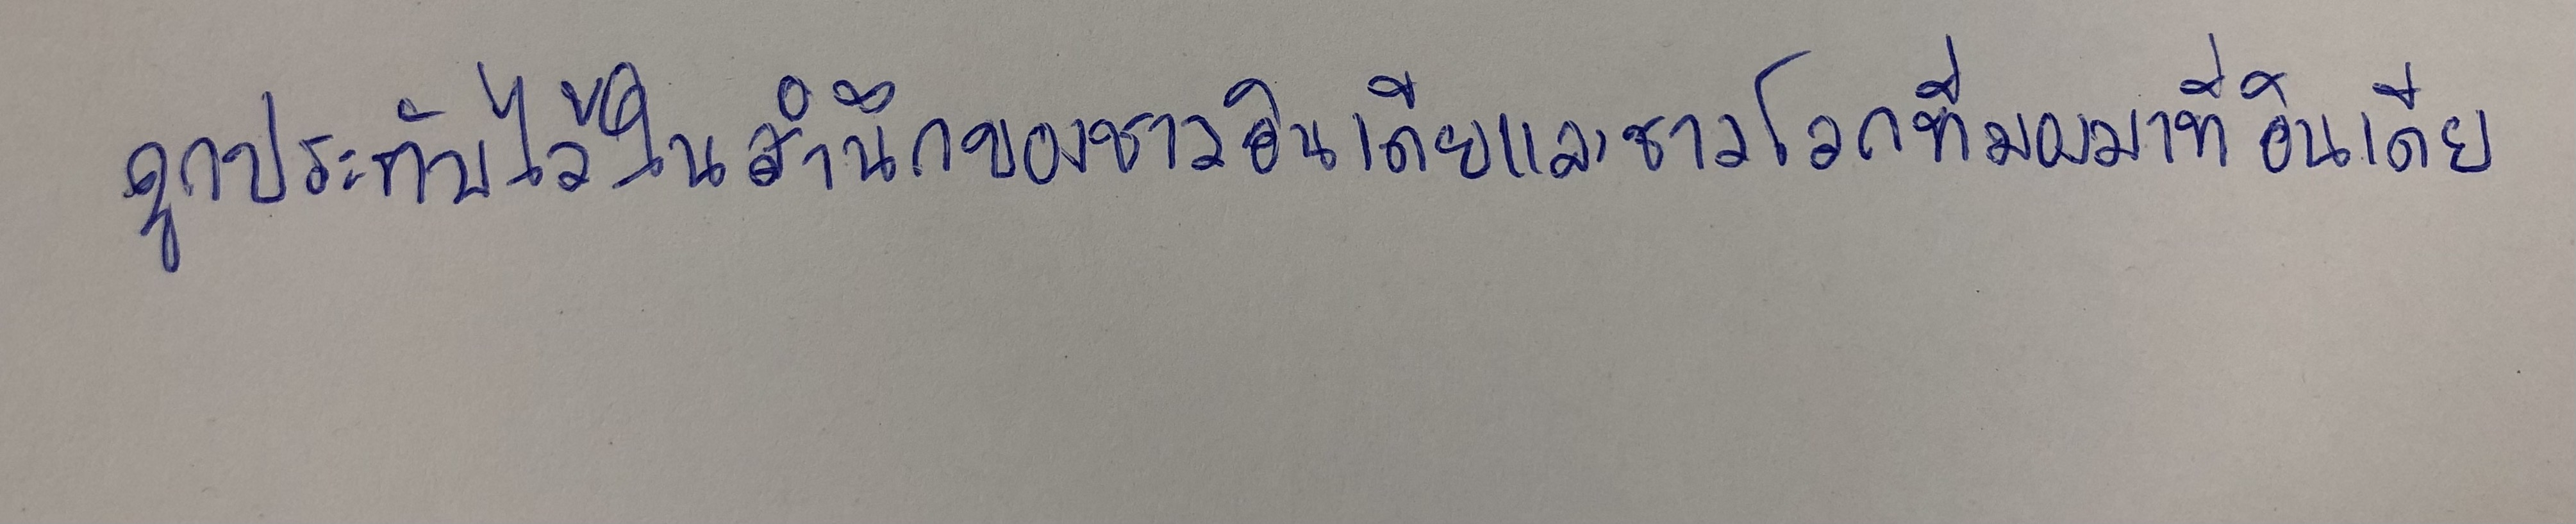
ถูกประทับไว้ในสำนึกของชาวอินเดียและชาวโลกที่มองมาที่อินเดีย